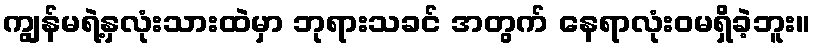
ကျွန်မရဲ့နှလုံးသားထဲမှာ ဘုရားသခင် အတွက် နေရာလုံးဝမရှိခဲ့ဘူး။